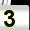
Digit: 3